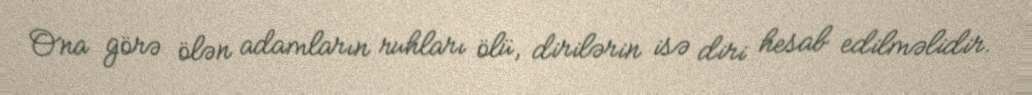
Ona görə ölən adamların ruhları ölü, dirilərin isə diri hesab edilməlidir.